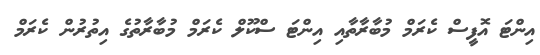
އިންޓަ އޮފީސް ކެރަމް މުބާރާތާއި އިންޓަ ސްކޫލް ކެރަމް މުބާރާތުގެ އިތުރުން ކެރަމް